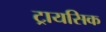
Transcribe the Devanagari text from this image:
ट्रायसिक